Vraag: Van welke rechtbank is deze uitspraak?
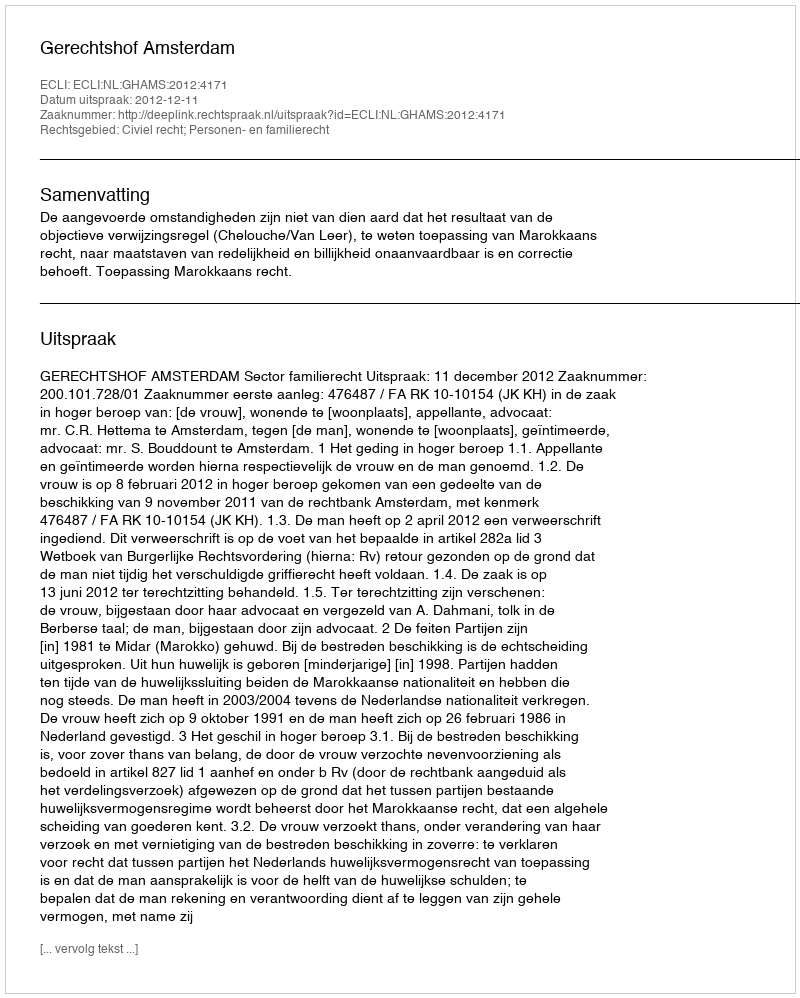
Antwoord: Gerechtshof Amsterdam